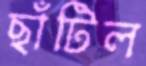
ছাঁটিল